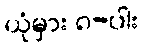
ယုံမှား ၈-ပါး